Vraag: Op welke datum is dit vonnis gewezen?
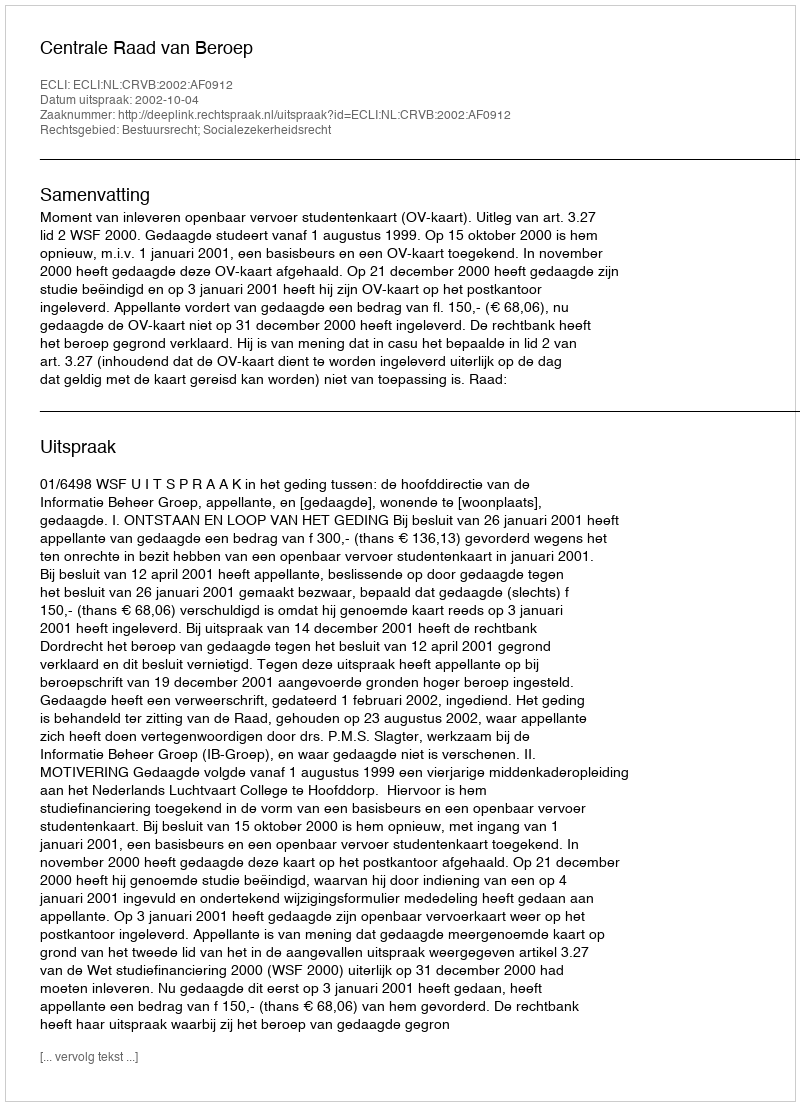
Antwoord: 2002-10-04